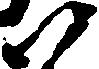
尉